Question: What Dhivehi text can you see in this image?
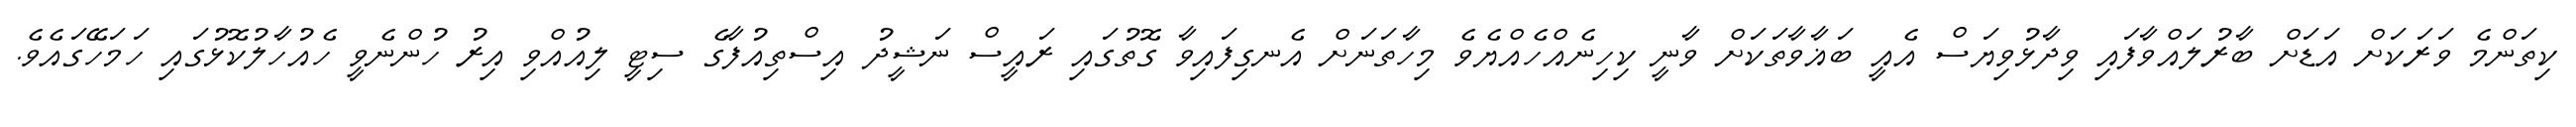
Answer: ކިތަންމެ ވަރަކަށް އަޑަށް ބާރުލައްވާފައި ވިދާޅުވިޔަސް އެއީ ބަޣާވާތަކަށް ވާނީ ކިހިނެއްހެއްޔެވެ މިހާތަނަށް އެނގިފައިވާ ގޮތުގައި ރައީސް ނަޝީދު އިސްތިއުފާގެ ސިޓީ ލިއުއްވި އިރު ހުންނެވީ ހެއުހާލުކޮޅުގައި ހަމަހޭގައެވެ.